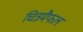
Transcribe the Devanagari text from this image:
चित्रमैफल